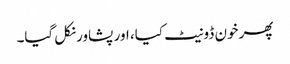
پھر خون ڈونیٹ کیا، اور پشاور نکل گیا۔